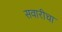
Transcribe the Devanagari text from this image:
सवारीचा